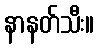
နာနတ်သီး။